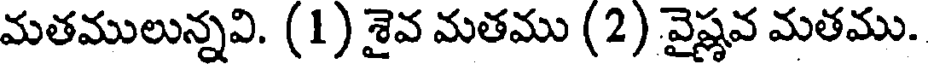
మతములున్నవి. (1) శైవ మతము (2) వైష్ణవ మతము.